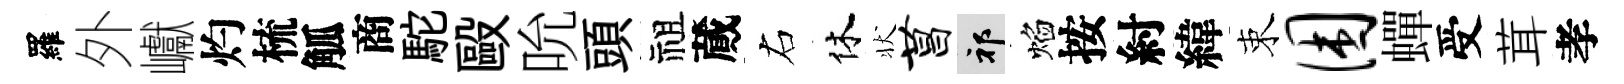
羅外巘灼梳觚商駝毆吮頭祖蕆右休状菖祁焰按紂緯束困蟬受茸孝